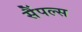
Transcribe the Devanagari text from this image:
सैंपल्स